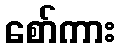
စော်ကား